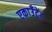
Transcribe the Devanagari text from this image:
एकाउँटेंट